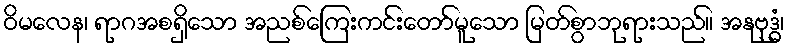
ဝိမလေန၊ ရာဂအစရှိသော အညစ်ကြေးကင်းတော်မူသော မြတ်စွာဘုရားသည်။ အနုဗုဒ္ဓံ၊